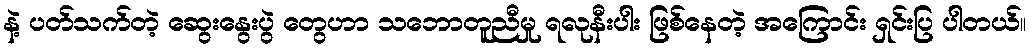
နဲ့ ပတ်သက်တဲ့ ဆွေးနွေးပွဲ တွေဟာ သဘောတူညီမှု ရလုနီးပါး ဖြစ်နေတဲ့ အကြောင်း ရှင်းပြ ပါတယ်။